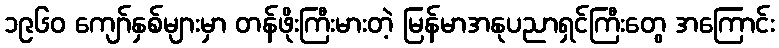
၁၉၆၀ ကျော်နှစ်များမှာ တန်ဖိုးကြီးမားတဲ့ မြန်မာအနုပညာရှင်ကြီးတွေ အကြောင်း